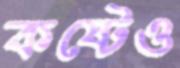
কষ্টেও